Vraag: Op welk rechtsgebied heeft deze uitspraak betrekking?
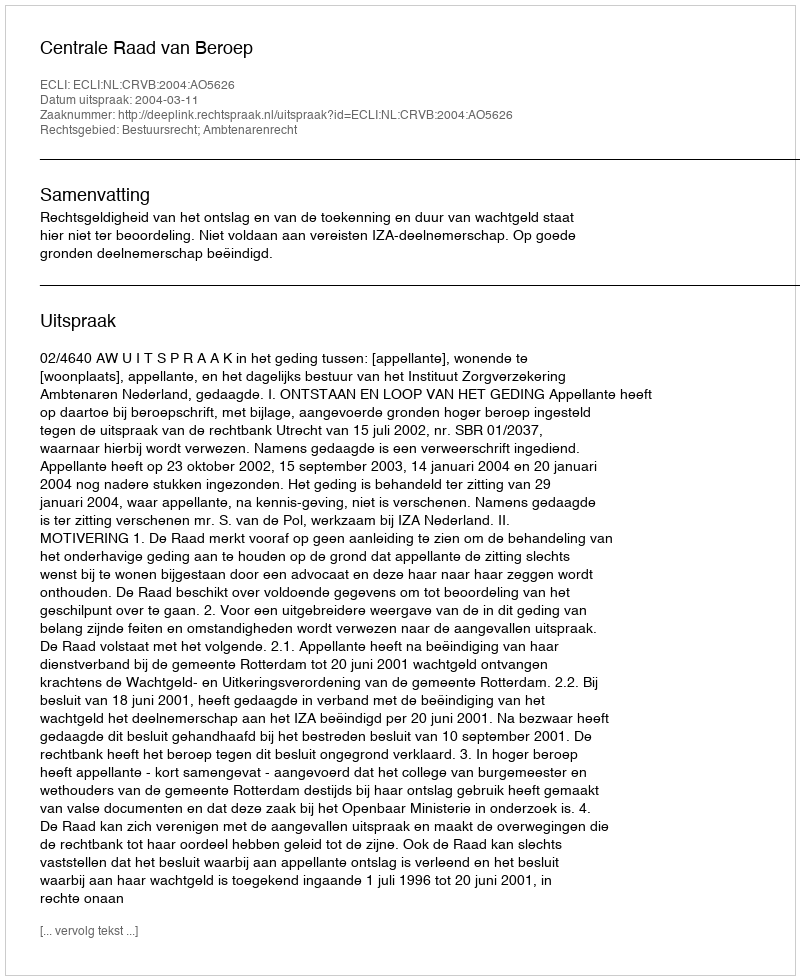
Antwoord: Bestuursrecht; Ambtenarenrecht